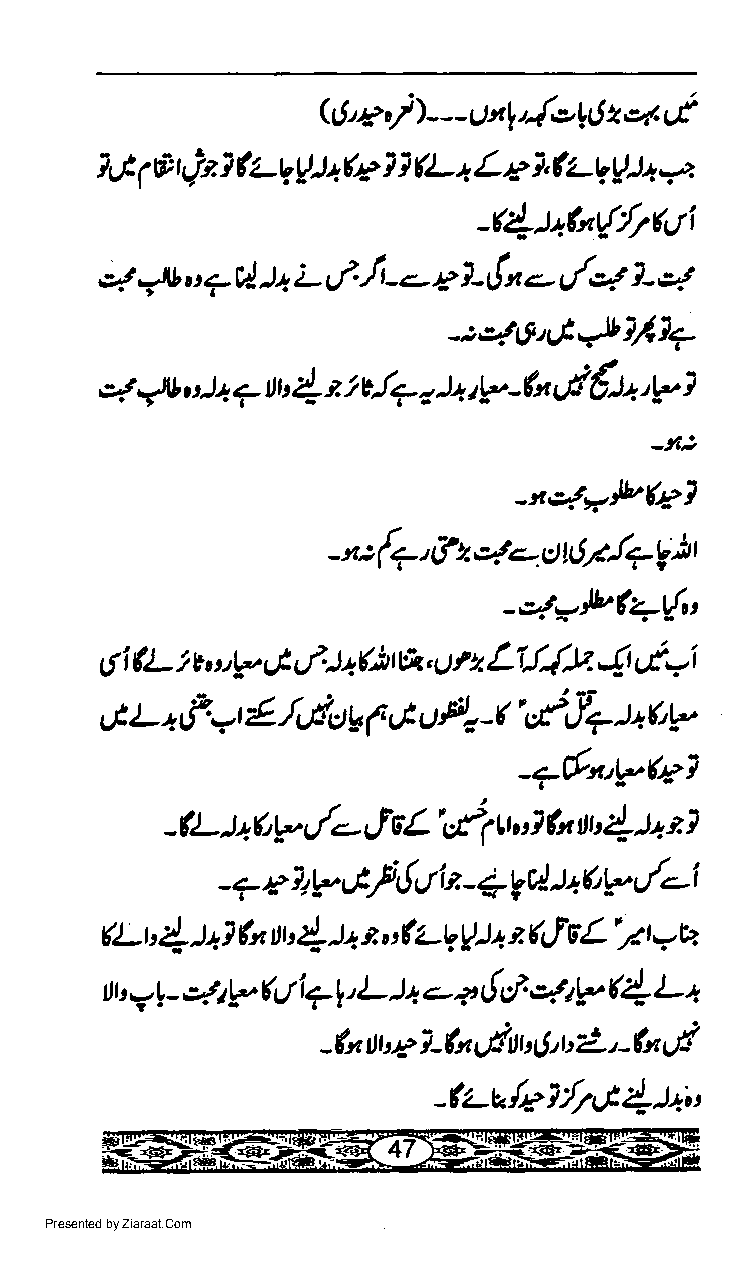
q       !tl,,le   4  ct
 QJ  "/ ) - - -   ltJ 2
 t                      4
 let rF 4ja 1 tu-v tt Q ? 1 (L a L p i, tu-1 r!t a
 1
 -(!-t+turfrcLli
 *    u    ta L,,1./t- c Ltln.- t/q L ot
 7\b  7gJ
 -:e;.9$/1117
 l
 4 /1, l+ 7 tx! t z 1v.17 l+ tp-fu ,,t€l+.,V
 -t6:
 -xetTJb(e7
 *       ot
 {?, &       ttlf .fTv.l
 -       z    - rt       r
 -et;,lu(1r!,t
 6 i (L 1 v o i:. tj & + # &,, tt r z, L1fi!. Jt u(-i
 ut L' fi -r E,|ltt g ( & u F, -(' tt' f+ t+ t,?
 -76n'ta'Ng?
 L'           !
 -(L l+(,tr u/.- Je X1 tt,,,l fu u, l+ e 1
 - + e lt?,}y' { tt iz - I gcl't + t'9 v/--i
 L'
 *-t' { l+ 1 fu tt'{ h e, : fz-g 1U $ 4.1 v 7 t 7 V
 (1
 !r' a! - 4tV 4/i79' L )t + a 6c l es. t? L +
 d
 2,
 -fu tlte' ?-$t uthr t It r t' - *r
 -?,-r./cilrttll+;'
 Presented by Ziaraat.Com